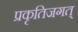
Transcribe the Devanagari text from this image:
प्रकृतिजगत्‌